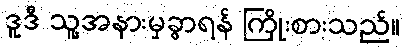
ဒူဒီ သူ့အနားမှခွာရန် ကြိုးစားသည်။